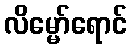
လိမ္မော်ရောင်